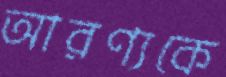
আরণ্যকে